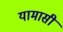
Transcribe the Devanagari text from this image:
यामासी